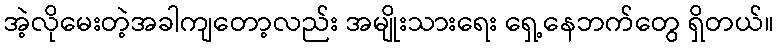
အဲ့လိုမေးတဲ့အခါကျတော့လည်း အမျိုးသားရေး ရှေ့နေဘက်တွေ ရှိတယ်။